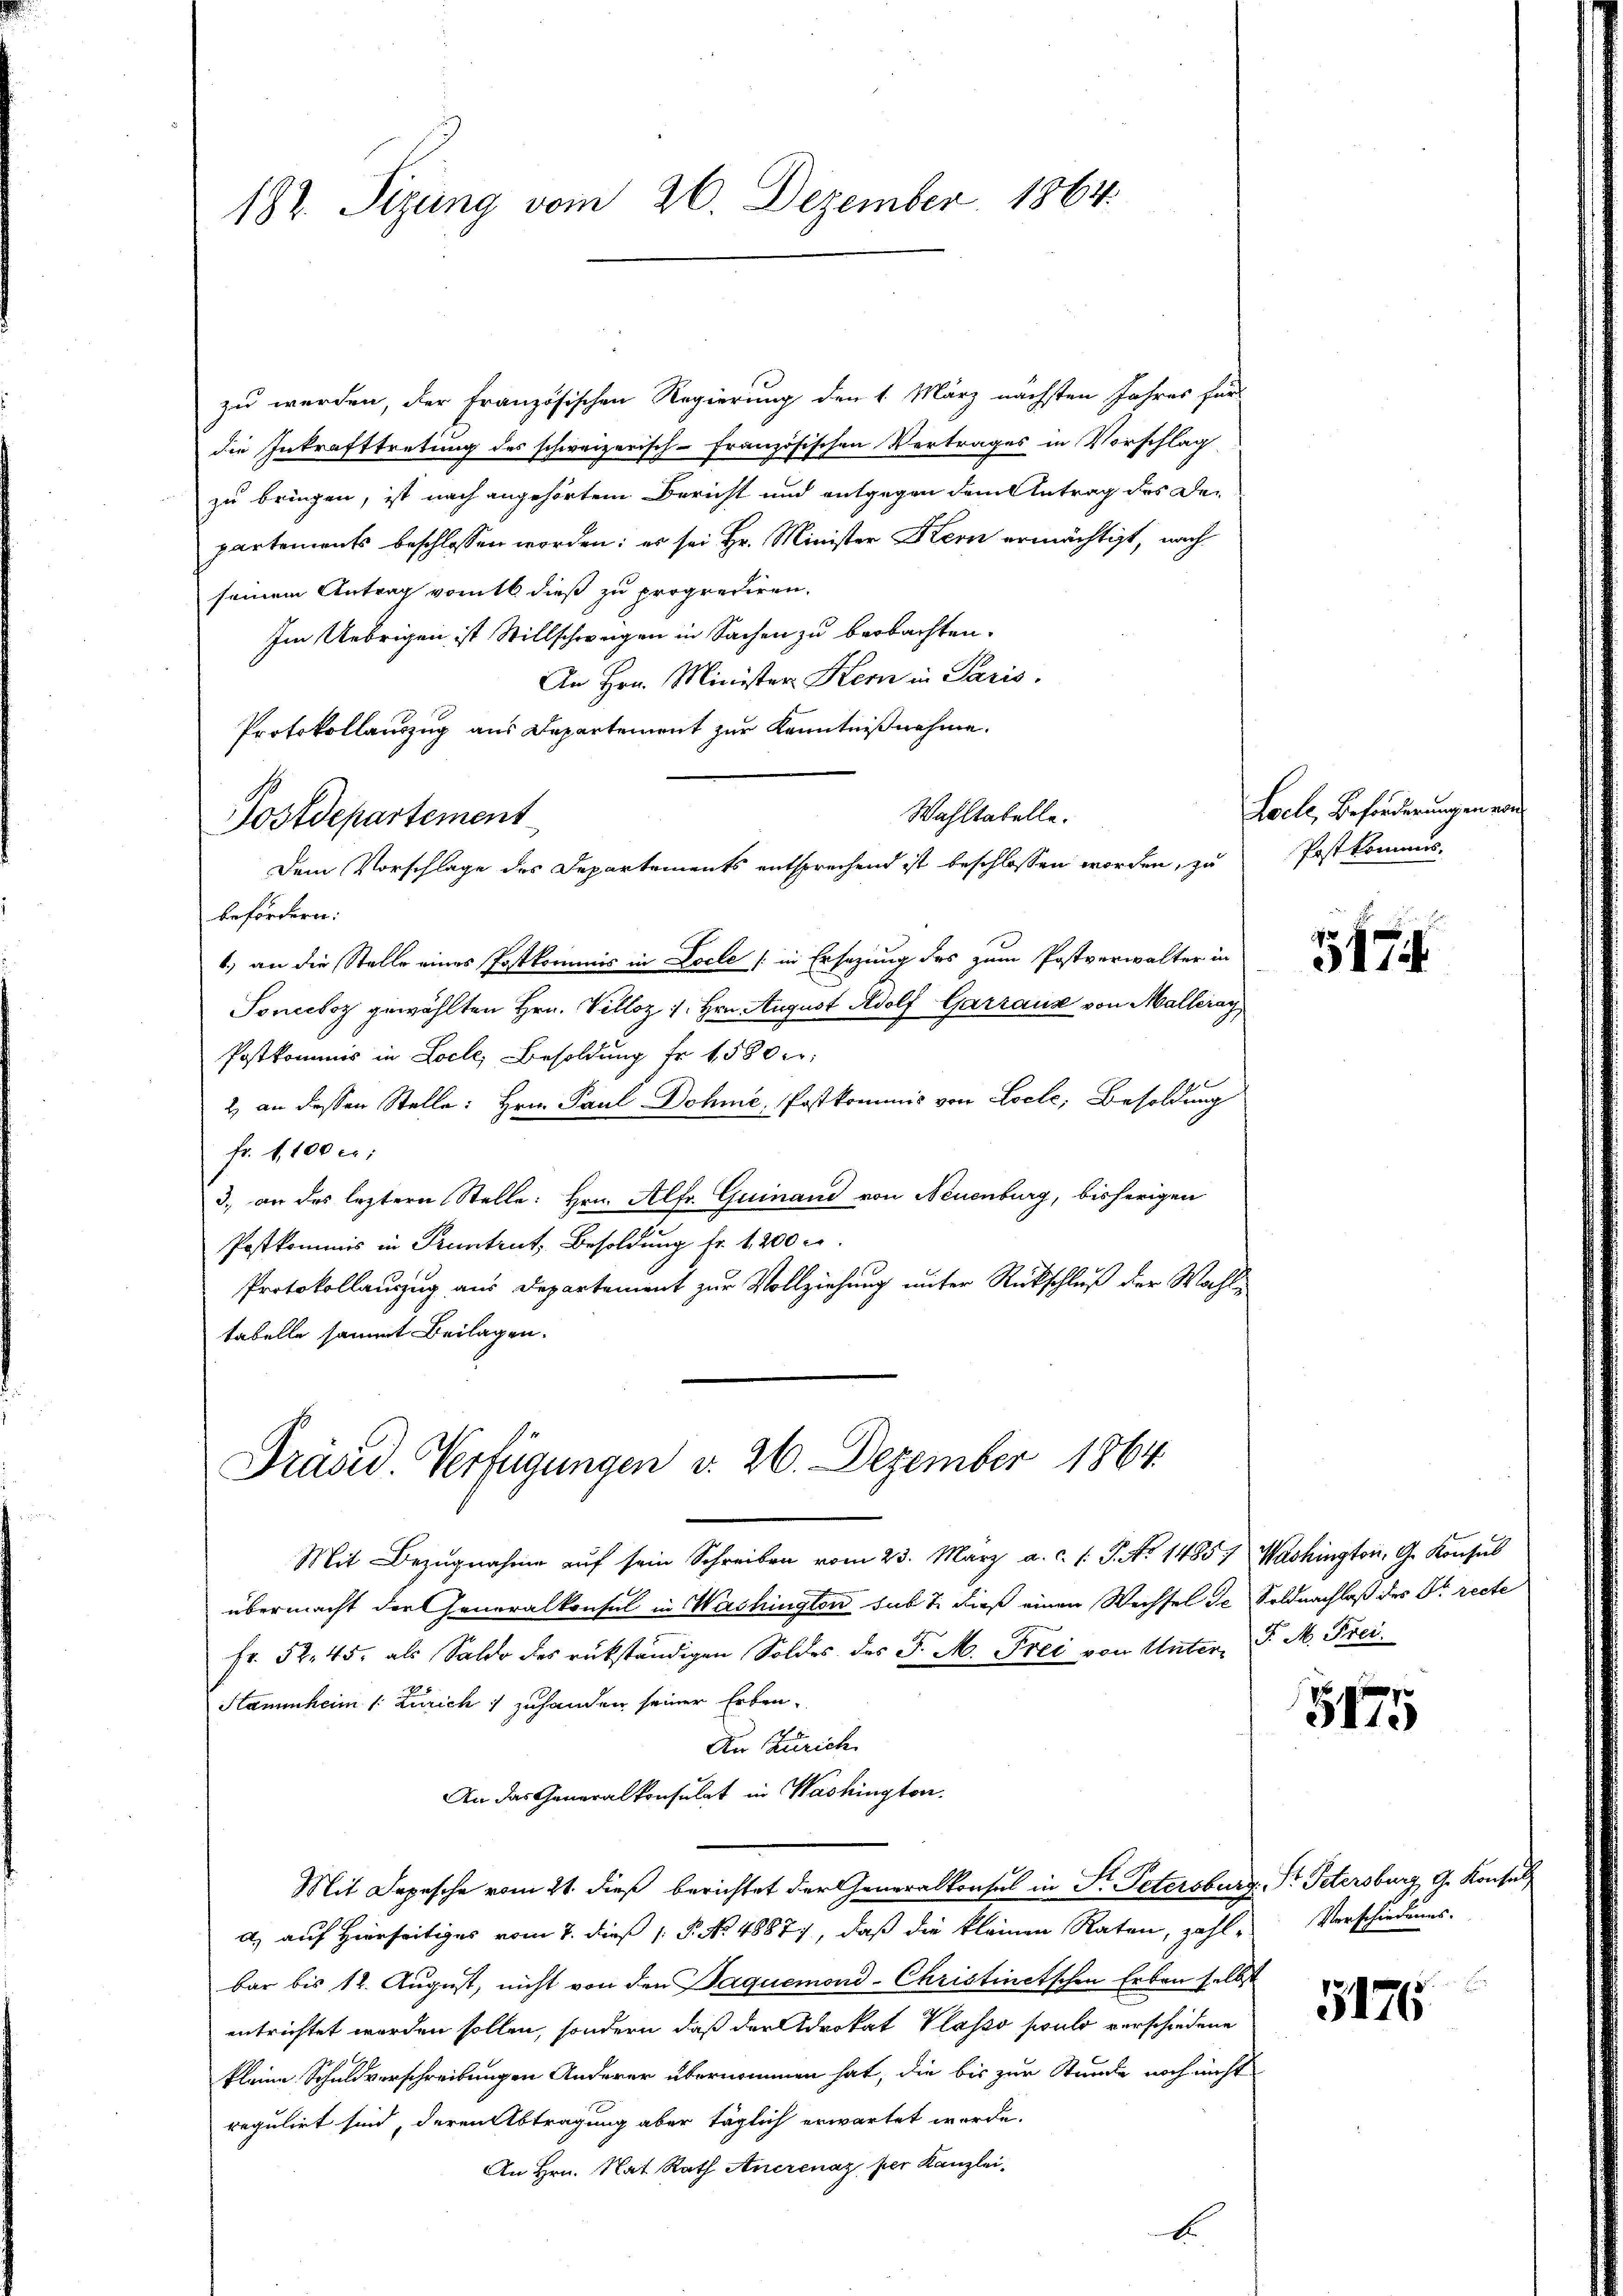
182. Sizung vom 26. Dezember 1864.

zu werden, der Französischen Regierung den 1. März nächsten Jahres für
die Inkrafttretung des schweizerisch-Französischen Vertrages in Vorschlag
zu bringen, ist nach angehörtem Bericht und entgegen dem Antrag des Departements beschlossen worden; es sei Hr. Minister Kern ermächtigt, nach
seinem Antrag vom 16 dieß zu proprediren.
Im Uebrigen ist Stillschweigen in Sachen zu beobachten.
An Hrn. Minister Kern in Paris.
Protokollauszug aus Departement zur Kenntnißnahme.
Wahltatelle.
befördern:
6) an die Stelle eines Postkommis in Locle (in Ersatzung des zum Postverwalter in
Tonceboz gewählten Hrn. Velloz 1. Hrn. August Adolf Garraus von Malleray
Postkommis in Loche Besoldung fr. 1580 f:
2 an dessen Stelle: Hrn. Paul Dohne Postkommis von Loele, Besoldung
fr. 1,100 f:
3. an des leztere Stelle: Hrn. Alfr. Guinand von Neuenburg, bisherigen
Postkommis in Pruntrut, Besoldung fr. 1200 c.
Protokollauszug aus Departement zur Vollziehung unter Rückschluß der Wahltabelle sammt Beilagen.

Postdepartement

Präsid. Verfügungen v. 26. Dezember 1864.

Dem Vorschlage des Departements entsprechend ist beschlossen worden, zu

xx

Loele, Beförderungen von
Postkommes.

Mit Bezŭgnahme aŭf sein Schreiben vom 23. März a. c. l. J. No 1485) Washington, G. Konsul
übermacht der Generalkonsul in Washington sub 7. dieß einen Wechsel de Soldnachlaß des Dr. recte
fr. 52. 45. als Saldo des rükständigen Soldes des J. M. Frei von Unter- P. M. Frei¬
Stammheim (: Zürich 1 zuhanden seiner Erben.
An Zürich
An das Generalkonsulat in Washington.
Mit Depesche vom 21. dieß berichtet der Generalkonsul in Sr. Petersburg. Dr. Petersburg, G. Konsul
a) auf Hierseitiges vom 7. dieß 1. P. No. 48877, daß die kleinen Raten, zahl- Verschiedungs-
bar bis 12. August, nicht von den Paquemond-Christinetschen Erben selbst
entrichtet worden sollen, sondern daß der Adrokat Plasso soulo verschiedene
kleine Schuldverschreibungen Anderer übernommen hat, die bis zur Stunde noch nicht
regulirt sind, deren Abtragung aber täglich erwartet werde.
An Hrn. Nat Rath Anerenaz, per Kanzlei,

547.

5175

5176